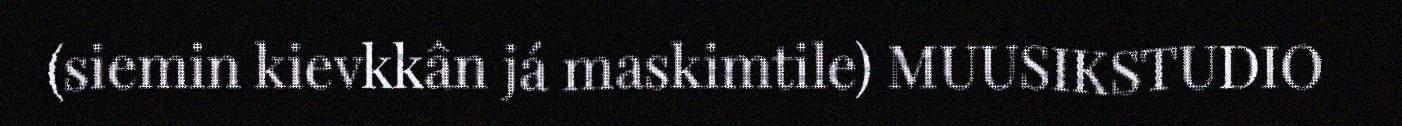
(siemin kievkkân já maskimtile) MUUSIKSTUDIO